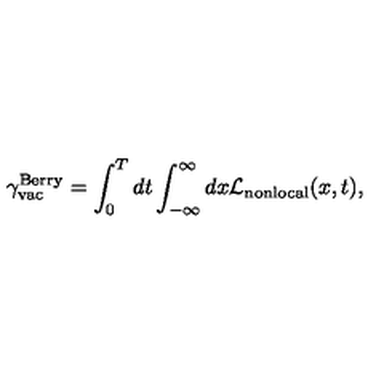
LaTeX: { \gamma } _ { \mathrm { v a c } } ^ { \mathrm { B e r r y } } = \int _ { 0 } ^ { T } d t \int _ { - \infty } ^ { \infty } d x { \cal L } _ { \mathrm { n o n l o c a l } } ( x , t ) ,